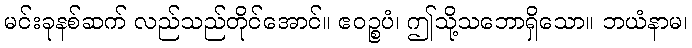
မင်းခုနစ်ဆက် လည်သည်တိုင်အောင်။ ဧဝဉ္စပံ၊ ဤသို့သဘောရှိသော။ ဘယံနာမ၊